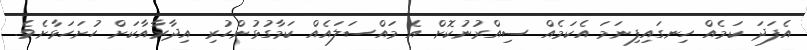
އެފަދަ ކަމެއް ހިނގައިފިނަމަ އެކަމެއް ސިއްރުނުކޮށް އެ މައްސަލައެއް ކަމާގުޅުންހުރި އިދާރާއާކަށް ހުށަހަޅާށެވެ.